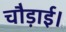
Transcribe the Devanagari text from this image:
चौड़ाई।